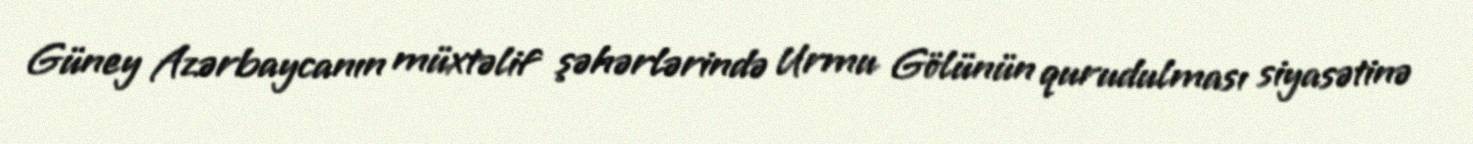
Güney Azərbaycanın müxtəlif şəhərlərində Urmu Gölünün qurudulması siyasətinə